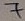
Text: 7